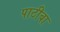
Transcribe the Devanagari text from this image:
पाठीबा